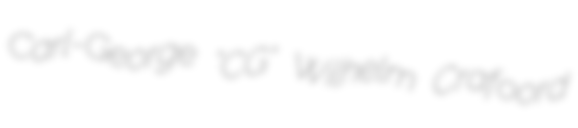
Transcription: Carl-George "CG" Wilhelm Crafoord